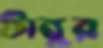
টাবুর